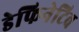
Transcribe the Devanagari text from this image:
डेफिनेटिव